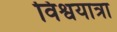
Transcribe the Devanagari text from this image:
विश्वयात्रा